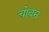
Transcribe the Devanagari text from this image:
चोवन